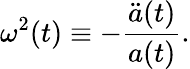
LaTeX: \omega^{2}(t)\equiv-\frac{{\ddot{a}}(t)}{a(t)}.